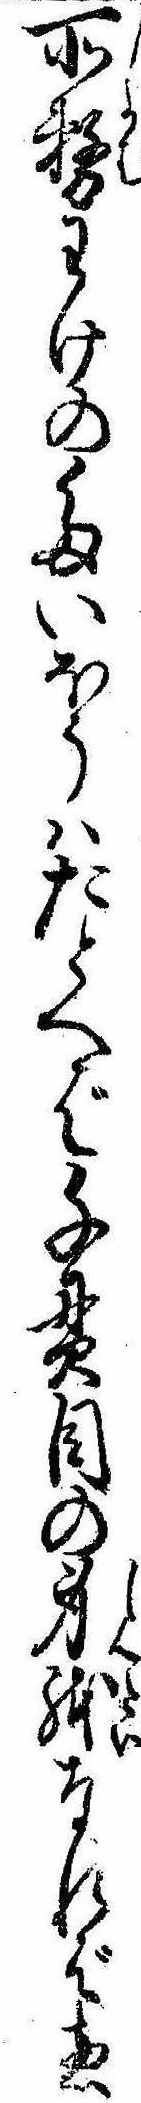
所務わけのたいほうはたとへば千貫目の身体なれば惣